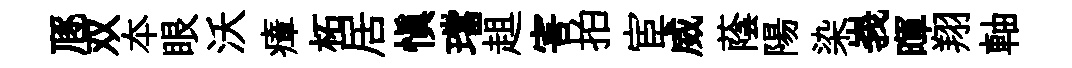
豗双夲眼沃瘴柘居愼璫趄害拍宦威蔭陽染峩暉翔軸